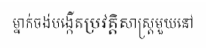
ម្នាក់ចង់បង្កើតប្រវត្តិសាស្ត្រមួយនៅ